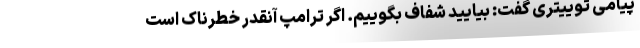
پیامی توییتری گفت: بیایید شفاف بگوییم. اگر ترامپ آنقدر خطرناک است